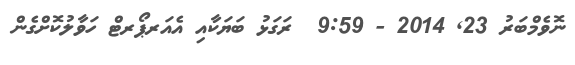
ނޮވެމްބަރު 23